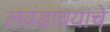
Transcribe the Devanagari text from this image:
लवंडावयाचे